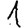
Digit: 1